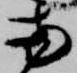
両